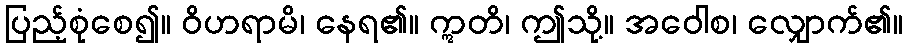
ပြည့်စုံစေ၍။ ဝိဟရာမိ၊ နေရ၏။ ဣတိ၊ ဤသို့။ အဝေါစ၊ လျှောက်၏။